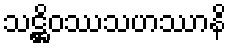
သဋ္ဌိဝဿသဟဿာနိ